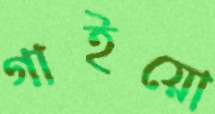
গাইয়ো